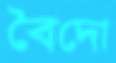
বৈদো